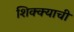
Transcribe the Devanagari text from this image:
शिक्क्याची